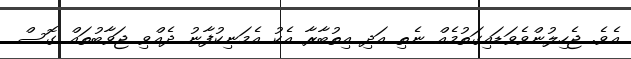
އެވެ. ޖެހިލުންވެވަޑައިގަތުމެއް ނެތި އަދި އިތުބާރާ އެކު އެމަނިކުފާނު ދެއްވި ޖަވާބުތައް ގޮސް